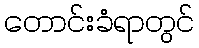
တောင်းခံရာတွင်